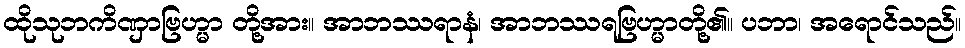
ထိုသုဘကိဏှာဗြဟ္မာ တို့အား။ အာဘဿရာနံ၊ အာဘဿရဗြဟ္မာတို့၏။ ပဘာ၊ အရောင်သည်။